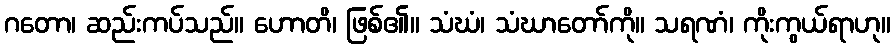
ဂတော၊ ဆည်းကပ်သည်။ ဟောတိ၊ ဖြစ်၏။ သံဃံ၊ သံဃာတော်ကို။ သရဏံ၊ ကိုးကွယ်ရာဟု။